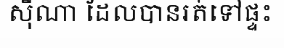
ស៊ីណា ដែលបានរត់ទៅផ្ទះ